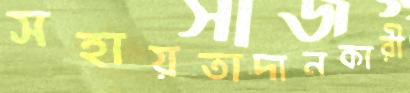
সহায়তাদানকারী